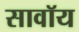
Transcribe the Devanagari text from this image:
सावॉय